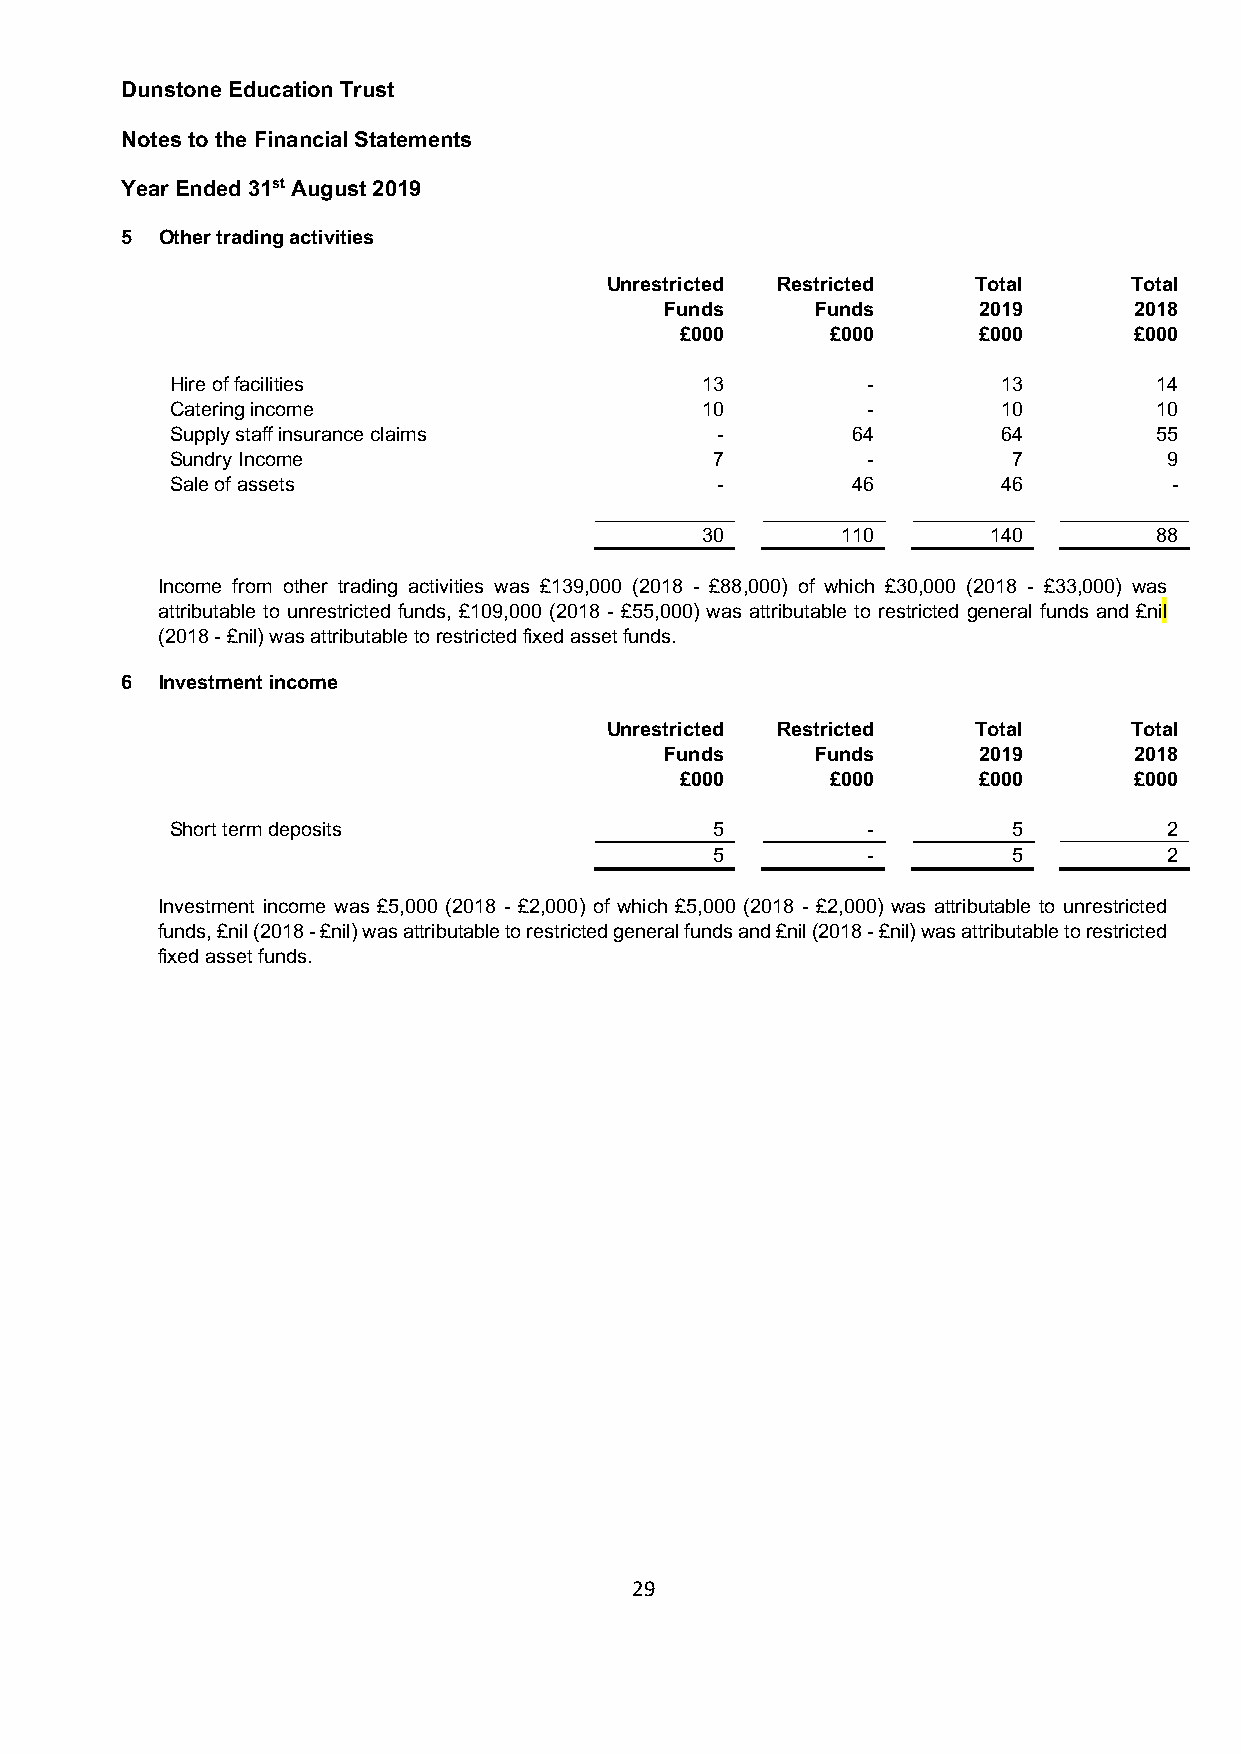
Dunstone Education Trust
 Notes to the Financial Statements
 Year Ended 31st August 2019
 5 Other trading activities
 Unrestricted Restricted  Total     Total
 Funds     Funds      2019      2018
 £000      £000      £000      £000
 Hire of facilities                 13         -        13         14
 Catering income                    10         -        10         10
 Supply staff insurance claims       -        64        64         55
 Sundry Income                       7         -         7         9
 Sale of assets                      -        46        46          -
 30        110      140         88
 Income from other trading activities was £139,000 (2018 - £88,000) of which £30,000 (2018 - £33,000) was
 attributable to unrestricted funds, £109,000 (2018 - £55,000) was attributable to restricted general funds and £nil
 (2018 - £nil) was attributable to restricted fixed asset funds.
 6 Investment income
 Unrestricted Restricted  Total     Total
 Funds     Funds      2019      2018
 £000      £000      £000      £000
 Short term deposits                 5         -         5         2
 5         -         5         2
 Investment income was £5,000 (2018 - £2,000) of which £5,000 (2018 - £2,000) was attributable to unrestricted
 funds, £nil (2018 - £nil) was attributable to restricted general funds and £nil (2018 - £nil) was attributable to restricted
 fixed asset funds.
 29